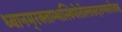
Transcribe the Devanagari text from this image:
ध्यानम्‌रक्ताम्भास्थिपोतोल्लसदरुणसरोजाङ